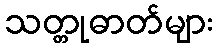
သတ္တုဓာတ်များ